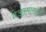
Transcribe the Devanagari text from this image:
वेअरमाख्टने